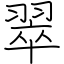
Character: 翠